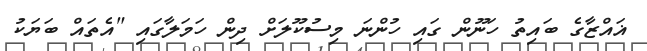
ޣައްޒާގެ ބައިތު ހަނޫން ގައި ހުންނަ މިސުކޫލަށް ދިން ހަމަލާގައި "އެތައް ބަޔަކު